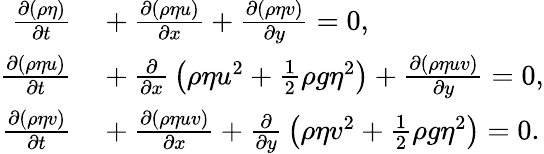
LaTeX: \begin{array}{rl}{{\frac{\partial(\rho\eta)}{\partial t}}}&{{}+{\frac{\partial(\rho\eta u)}{\partial x}}+{\frac{\partial(\rho\eta v)}{\partial y}}=0,}\\ {{\frac{\partial(\rho\eta u)}{\partial t}}}&{{}+{\frac{\partial}{\partial x}}\left(\rho\eta u^{2}+{\frac{1}{2}}\rho g\eta^{2}\right)+{\frac{\partial(\rho\eta uv)}{\partial y}}=0,}\\ {{\frac{\partial(\rho\eta v)}{\partial t}}}&{{}+{\frac{\partial(\rho\eta uv)}{\partial x}}+{\frac{\partial}{\partial y}}\left(\rho\eta v^{2}+{\frac{1}{2}}\rho g\eta^{2}\right)=0.}\end{array}